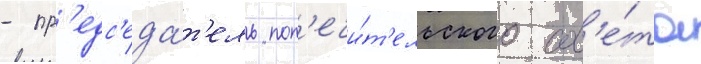
- пр'едс'еда́т'ель поп'ечи́т'ельского сов'е́та